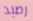
رصيد